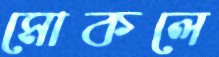
মোকলে